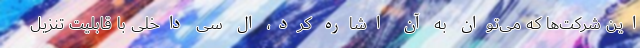
این شرکت‌ها که می‌توان به آن اشاره کرد، ال سی داخلی با قابلیت تنزیل